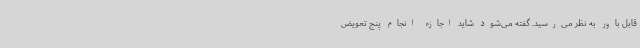
قابل باور به‌ نظر می‌رسید. گفته می‌شود شاید اجازه انجام پنج تعویض